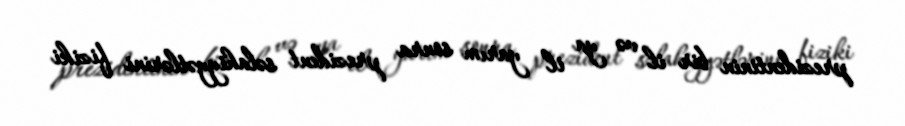
prezidentinin bir il və ya il yarım sonra prezident səlahiyyətlərini fiziki